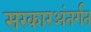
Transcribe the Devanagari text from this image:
सरकारअंतर्गत